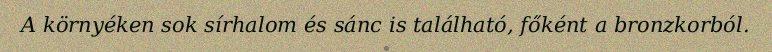
A környéken sok sírhalom és sánc is található, főként a bronzkorból.